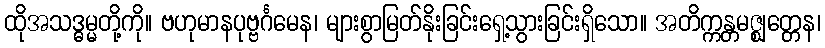
ထိုအသဒ္ဓမ္မတို့ကို။ ဗဟုမာနပုဗ္ဗင်္ဂမေန၊ များစွာမြတ်နိုးခြင်းရှေ့သွားခြင်းရှိသော။ အတိက္ကန္တမဇ္ဈတ္တေန၊